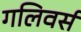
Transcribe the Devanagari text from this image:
गलिवर्स